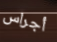
أجراس